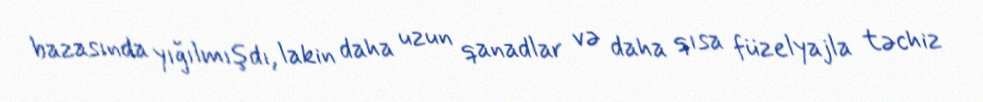
bazasında yığılmışdı, lakin daha uzun qanadlar və daha qısa füzelyajla təchiz